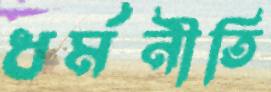
ধর্মনীতি